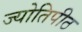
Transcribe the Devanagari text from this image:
ज्योतिपीठ